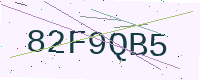
Text: 82F9QB5